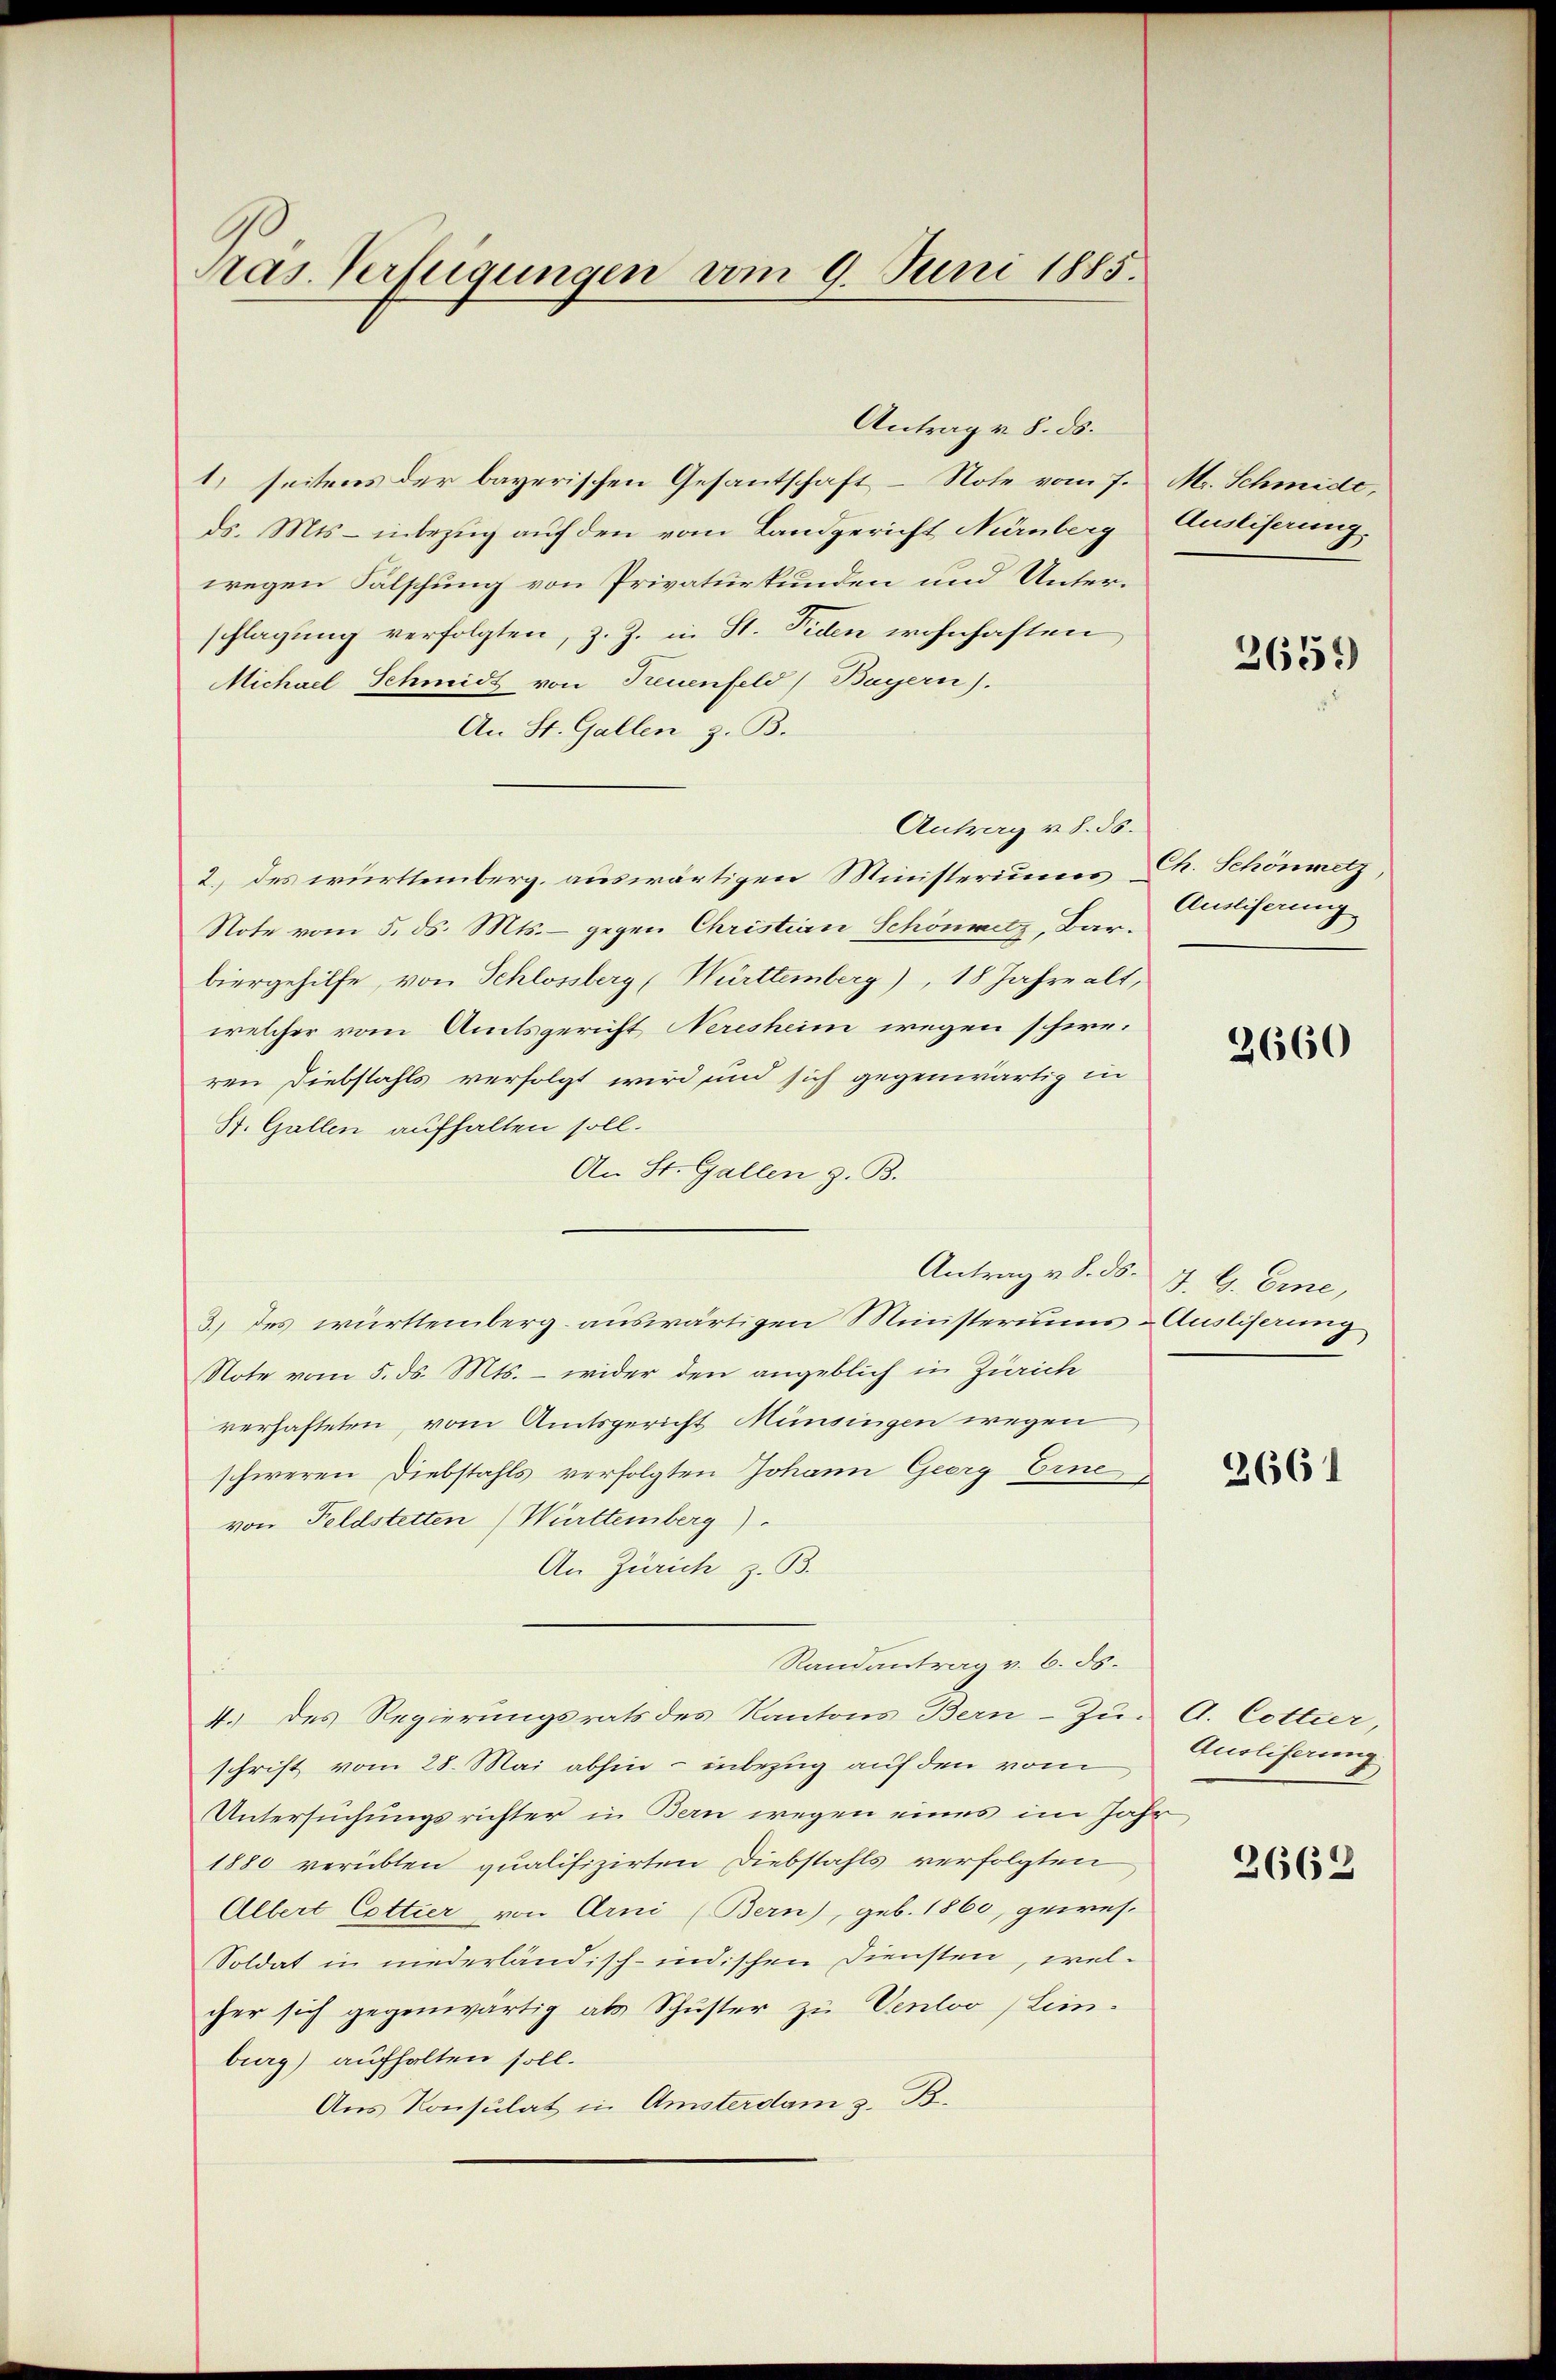
Ras Verfügungen vom 9. Juni 1885.

Antrag v. 8. ds.

1) seitens der bayerischen Gesantschaft – Note vom 7. M. Schmide,
ds. Mts - inbezug auf den vom Landgericht Nürnberg
wegen Fälschung von Privaturkunden und Unterschlagung verfolgten, z. Z. in St. Fiden wohnhaften
Michael Schmidt von Treuenfeld, Bayern).
An St. Gallen z. B.
Antrag v. 8. ds.
2.) des württemberg. auswärtigen Ministeriums Ch. Schönmetz,
Note vom 5. ds. Mts. – gegen Christian Schönwitz, Bar.
biergehilfe, von Schlossberg (Württemberg), 18 Jahre alt,
welcher vom Amtsgericht Neresheim wegen schieren Diebstahls verfolgt wird und sich gegenwärtig in
St. Gallen aufhalten soll.
An St. Gallen z. B.
3.) Des württemberg auswärtigen Ministeriums - Ausliserung
Note vom 5. ds. Mts. – wider den angeblich in Zürich
verhafteten, vom Amtsgericht Münsingen wegen
schweren Diebstahls verfolgten Johann Georg Erne
von Feldstetten Württemberg)
An Zürich z. B.
Randantrag v. 6. ds.
4.) des Regierungsrats des Kantons Bern-Zu- A. Cottier,
schrift vom 28. Mai abhin - inbezug auf den vom
Untersuchungsrichter in Bern wegen eines im Jahr,
1880 verübten qualifizirten Diebstahls verfolgten
Albert Cottier von Arni (Bern), geb. 1860, gewes
Soldat in niederländisch-indischen Diensten, welcher sich gegenwärtig als Schuster zu Venloo (Lim-
burg) aufhalten soll.
Aus Konsulat in Amsterdam z. B.

Ausliserung.

3659)

Auslieferung

2660

Antrag v. 8. d. J. G. Erne,

2661

Anoliferung

2662